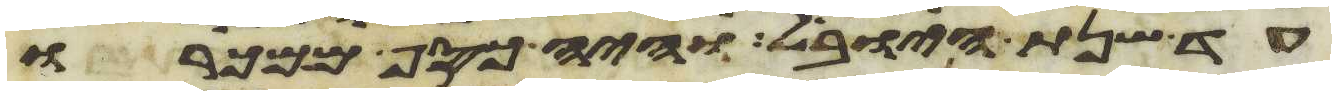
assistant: עד שנת היובל והיה כסף ממכרו